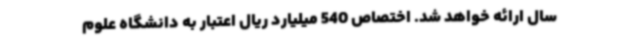
سال ارائه خواهد شد. اختصاص 540 میلیارد ریال اعتبار به دانشگاه علوم